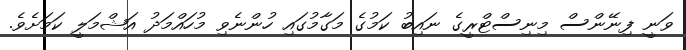
ވަނީ ފިނޭންސް މިނިސްޓްރީގެ ނައިބު ކަމުގެ މަގާމުގައި ހުންނެވި މުހައްމަދު އަޝްމަލީ ކަމަށެވެ.